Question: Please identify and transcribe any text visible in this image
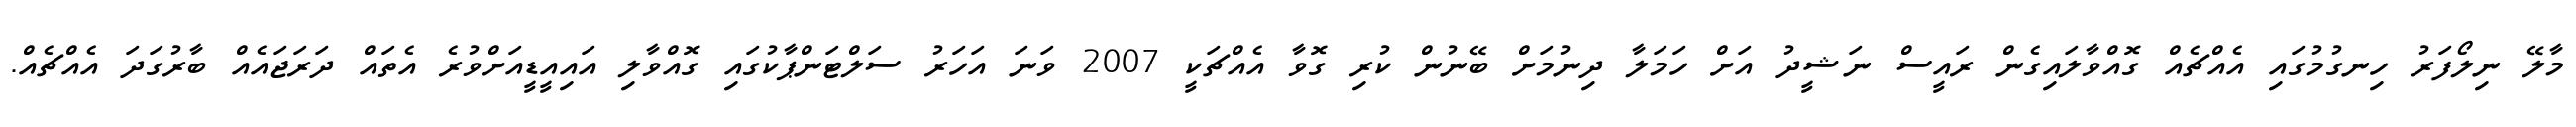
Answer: މާލޭ ނިލޯފަރު ހިނގުމުގައި އެއްޗެއް ގޮއްވާލައިގެން ރައީސް ނަޝީދު އަށް ހަމަލާ ދިނުމަށް ބޭނުން ކުރި ގޮވާ އެއްޗަކީ 2007 ވަނަ އަހަރު ސަލްޓަންޕާކުގައި ގޮއްވާލި އައިއީޑީއަށްވުރެ އެތައް ދަރަޖައެއް ބާރުގަދަ އެއްޗެއް.